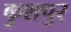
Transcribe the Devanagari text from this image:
कुशपुर